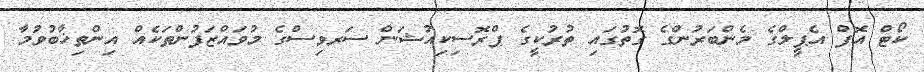
ކޯޓް އޮފް އެޕީލްގެ މެންބަރުންގެ ގޮތުގައި ތުރުކީގެ ޕްރޮސިކިއުޝަން ސަރވިސްގެ މުވައްޒަފުންތަކެއް އިންތިޚާބުވުމާ